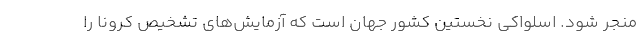
منجر شود. اسلواکی نخستین کشور جهان است که آزمایش‌های تشخیص کرونا را